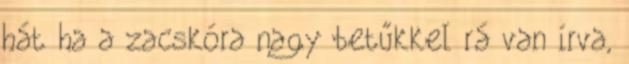
hát ha a zacskóra nagy betűkkel rá van írva,